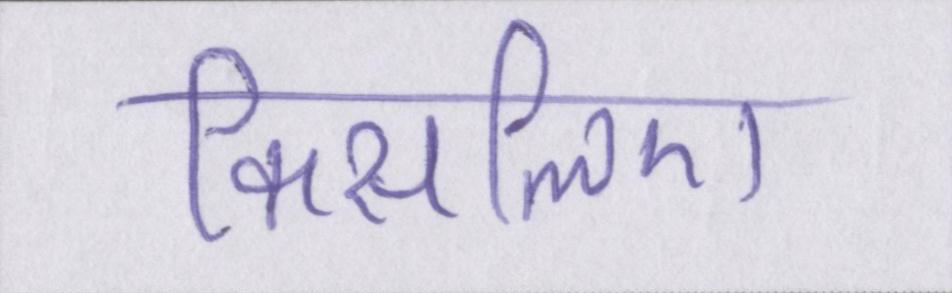
किसलिए